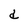
Character: d